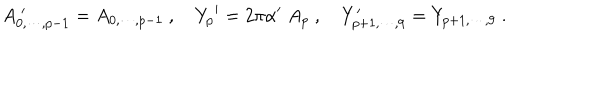
LaTeX: A _ { 0 , \cdots , p - 1 } ^ { \; \prime } = { A _ { 0 , \cdots , p - 1 } } \ , { Y _ { p } } ^ { \prime } = 2 \pi \alpha ^ { \prime } \; A _ { p } \ , Y _ { p + 1 , \cdots , 9 } ^ { \prime } = Y _ { p + 1 , \cdots , 9 } \ .